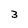
Character: 3